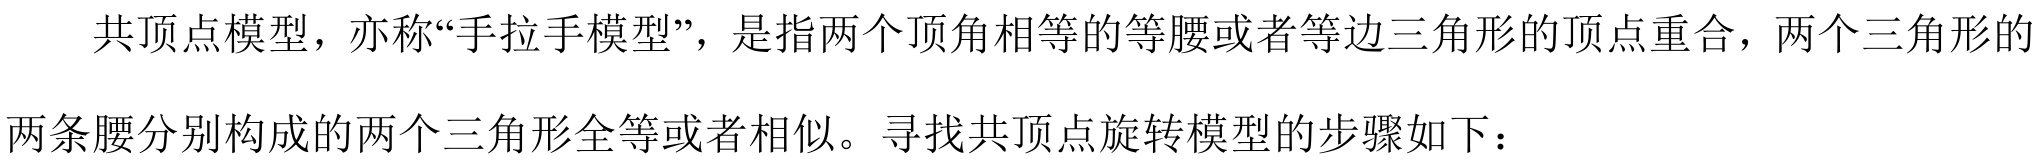
共顶点模型，亦称“手拉手模型”，是指两个顶角相等的等腰或者等边三角形的顶点重合，两个三角形的
两条腰分别构成的两个三角形全等或者相似。寻找共顶点旋转模型的步骤如下：